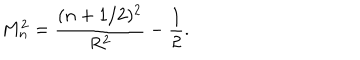
M _ { n } ^ { 2 } = \frac { ( n + 1 / 2 ) ^ { 2 } } { R ^ { 2 } } - \frac { 1 } { 2 } .